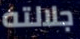
جلالته